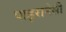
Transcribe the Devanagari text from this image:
पाइरानेसी